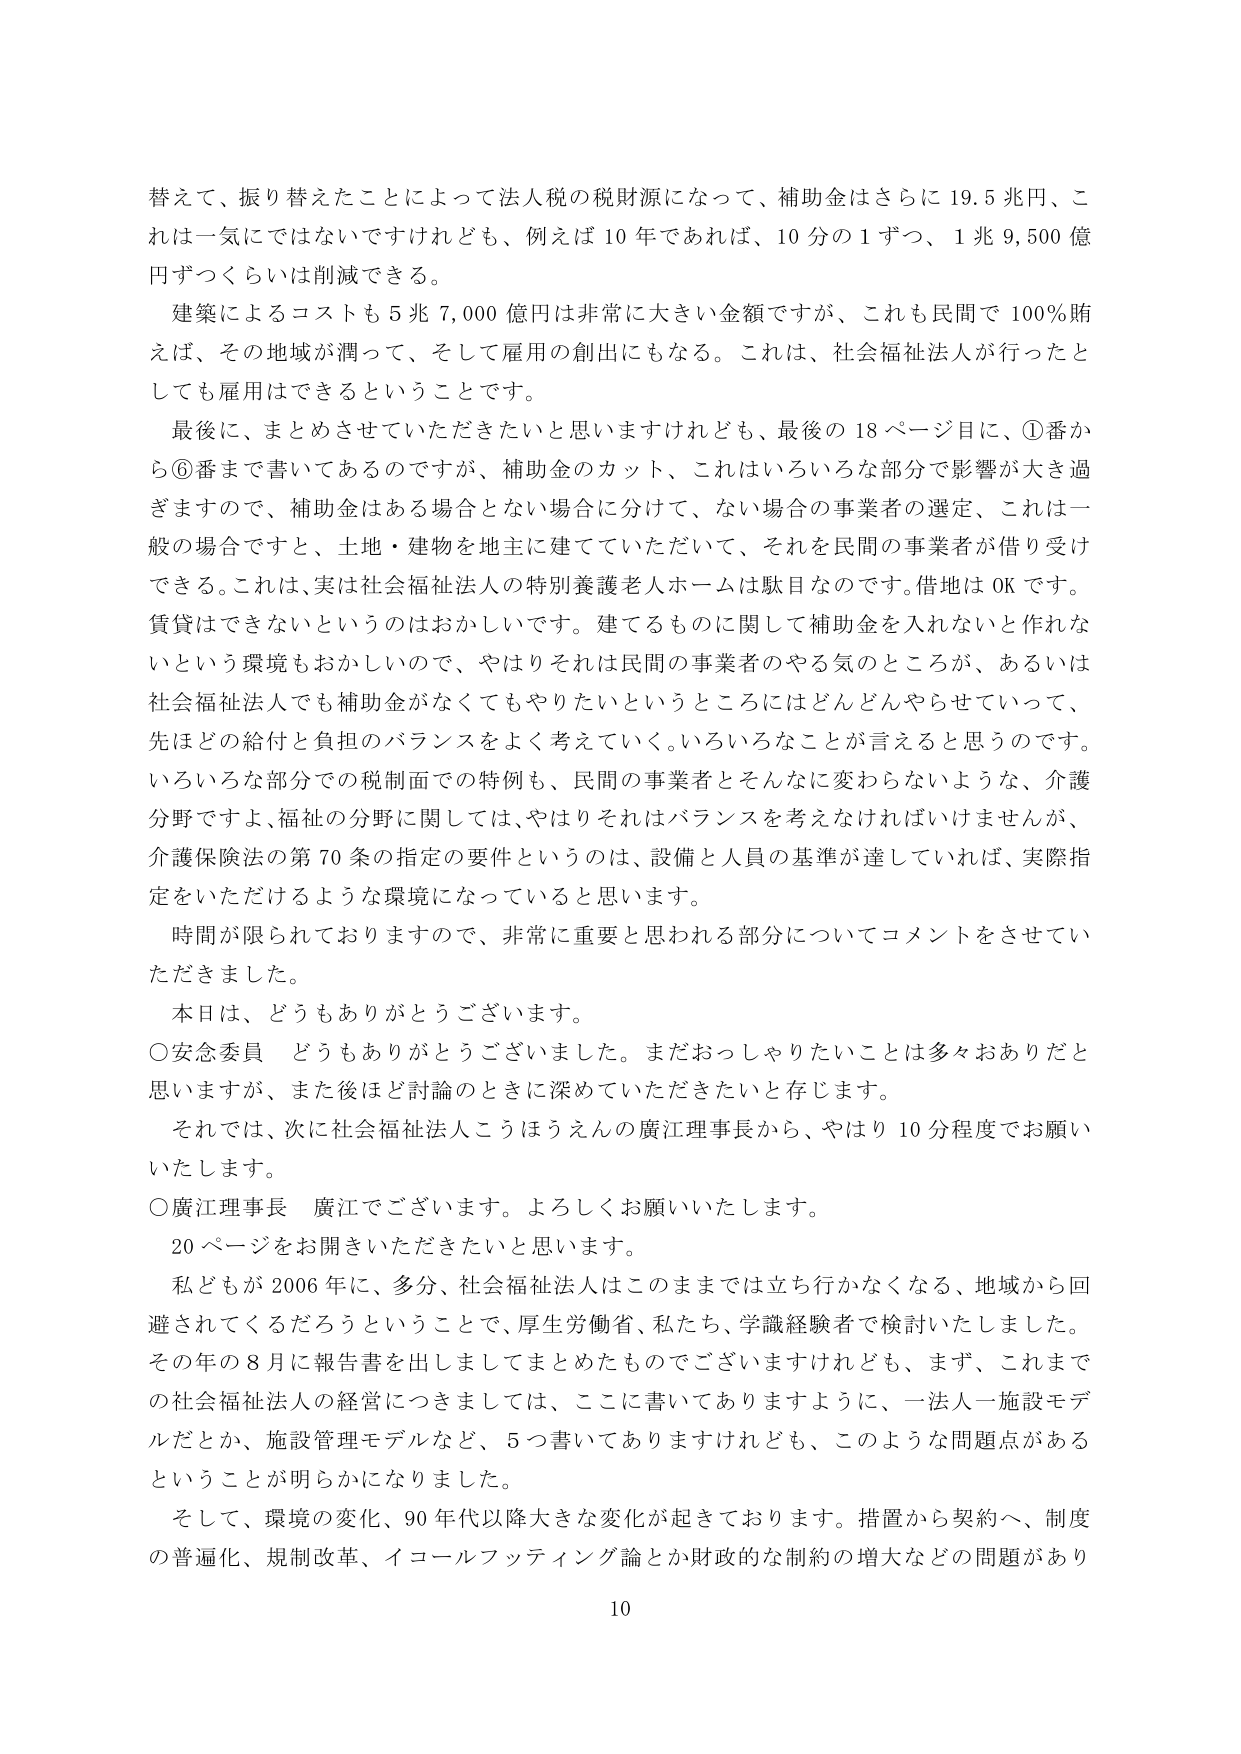
替えて、振り替えたことによって法人税の税財源になって、補助金はさらに19.5兆円、これは一気ではないですけれども、例えば10年であれば、10分の1ずつ、1兆9,500億円ずつくらいは削減できる。

建築によるコストも5兆7,000億円は非常に大きい金額ですが、これも民間で100％賄えば、その地域が潤って、そして雇用の創出にもなる。これは、社会福祉法人が行ったとしても雇用はできるということです。

最後に、まとめさせていただきたいと思いますけれども、最後の18ページ目に、①番から⑥番まで書いてあるのですが、補助金のカット、これはいろいろな部分で影響が大き過ぎますので、補助金はある場合とない場合に分けて、ない場合の事業者の選定、これは一般の場合ですと、土地・建物を地主に建てていただいて、それを民間の事業者が借り受けできる。これは、実は社会福祉法人の特別養護老人ホームは駄目なのです。借地はOKです。賃貸はできないというのはおかしいです。建てるものに関して補助金を入れないと作れないという環境もおかしいので、やはりそれは民間の事業者のやる気のところが、あるいは社会福祉法人でも補助金がなくてもやりたいというところにはどんどんやらせていくって、先ほどの給付と負担のバランスをよく考えていく。いろいろなことが言えると思うのです。いろいろな部分での税制面での特例も、民間の事業者とそんなに変わらないような、介護分野ですよ、福祉の分野に関しては、やはりそれはバランスを考えなければいけませんが、介護保険法の第70条の指定の要件というのは、設備と人員の基準が達していれば、実際指定をいただけるような環境になっていると思います。

時間が限られておりますので、非常に重要と思われる部分についてコメントをさせていただきました。

本日は、どうもありがとうございます。

○安念委員　どうもありがとうございました。まだおっしゃりたいことは多多おありだと思いますが、また後ほど討論のときに深めていただきたいと存じます。

それでは、次に社会福祉法人こうほうえんの廣江理事長から、やはり10分程度でお願いいたします。

○廣江理事長　廣江でございます。よろしくお願いいたします。

20ページをお開きいただきたいと思います。

私どもが2006年に、多分、社会福祉法人はこのままでは立ち行かなくなる、地域から回避されてくるだろうということで、厚生労働省、私たち、学識経験者で検討いたしました。その年の8月に報告書を出しましてまとめたものでございますけれども、まず、これまでの社会福祉法人の経営につきましては、ここに書いてありますように、一法人一施設モデルだとか、施設管理モデルなど、5つ書いてありますけれども、このような問題点があるということが明らかになりました。

そして、環境の変化、90年代以降大きな変化が起きております。措置から契約へ、制度の普遍化、規制改革、イコールフッティング論とか財政的な制約の増大などの問題があり

10